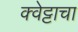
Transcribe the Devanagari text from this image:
क्वेट्टाचा